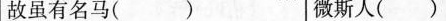
故虽有名马（ ） 微斯人（ ）